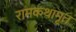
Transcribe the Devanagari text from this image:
रामकथामृत